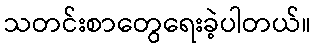
သတင်းစာတွေရေးခဲ့ပါတယ်။